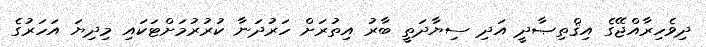
ދިވެހިރާއްޖޭގެ އިޤްތިޞާދީ އަދި ސިޔާދަތީ ބާރު އިތުރަށް ހަރުދަނާ ކުރުރުމަށްޓަކައި މިދިޔަ އަހަރުގެ